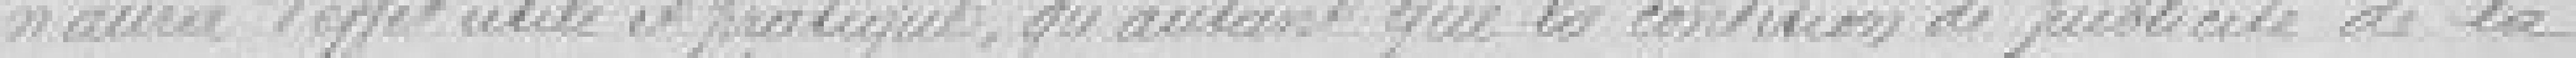
n'aura d'effet utile et pratique, qu'autant que les conditions de publicité de la